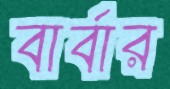
বার্বার